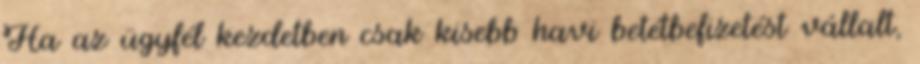
Ha az ügyfél kezdetben csak kisebb havi betétbefizetést vállalt,